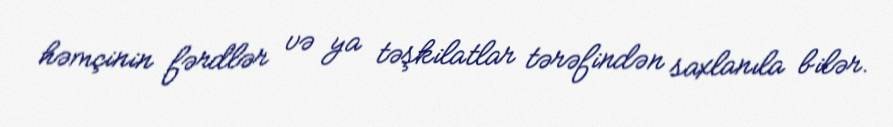
həmçinin fərdlər və ya təşkilatlar tərəfindən saxlanıla bilər.